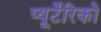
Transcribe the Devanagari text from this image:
प्यूर्टेरिको